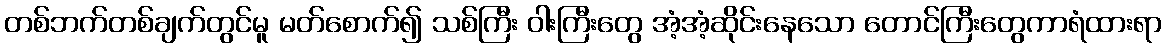
တစ်ဘက်တစ်ချက်တွင်မူ မတ်စောက်၍ သစ်ကြီး ဝါးကြီးတွေ အံ့အံ့ဆိုင်းနေသော တောင်ကြီးတွေကာရံထားရာ